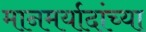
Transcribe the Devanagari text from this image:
मानमर्यादांच्या